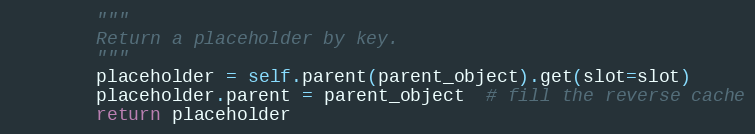
Language: Python
        """
        Return a placeholder by key.
        """
        placeholder = self.parent(parent_object).get(slot=slot)
        placeholder.parent = parent_object  # fill the reverse cache
        return placeholder